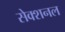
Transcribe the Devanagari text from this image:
सेक्शनल